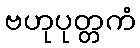
ဗဟုပုတ္တကံ